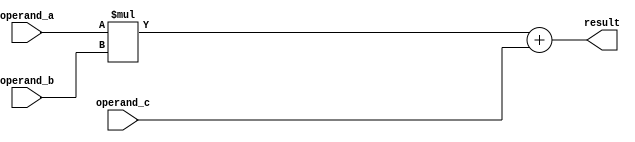
module fused_multiply_add_unit (
    input wire [31:0] operand_a,
    input wire [31:0] operand_b,
    input wire [31:0] operand_c,
    output reg [31:0] result
);
    
reg [31:0] mul_result;
reg [31:0] add_result;

always @(*)
begin
    mul_result = operand_a * operand_b;
    add_result = mul_result + operand_c;
    result = add_result;
end

endmodule